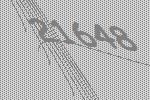
21648